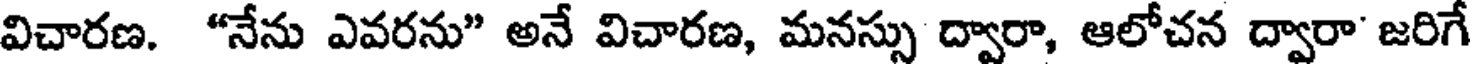
విచారణ. "నేను ఎవరను" అనే విచారణ, మనస్సు ద్వారా, ఆలోచన ద్వారా' జరిగే